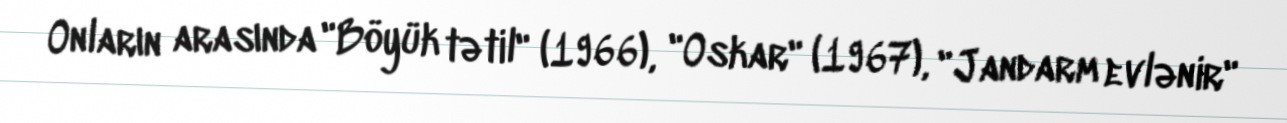
Onların arasında "Böyük tətil" (1966), "Oskar" (1967), "Jandarm evlənir"